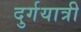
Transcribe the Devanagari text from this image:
दुर्गयात्री